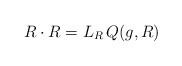
\begin{align*}R \cdot R = L_R\, Q(g,R) \end{align*}